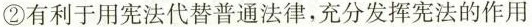
②有利于用宪法代替普通法律，充分发挥宪法的作用